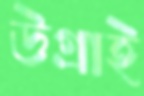
উগ্‌রাই